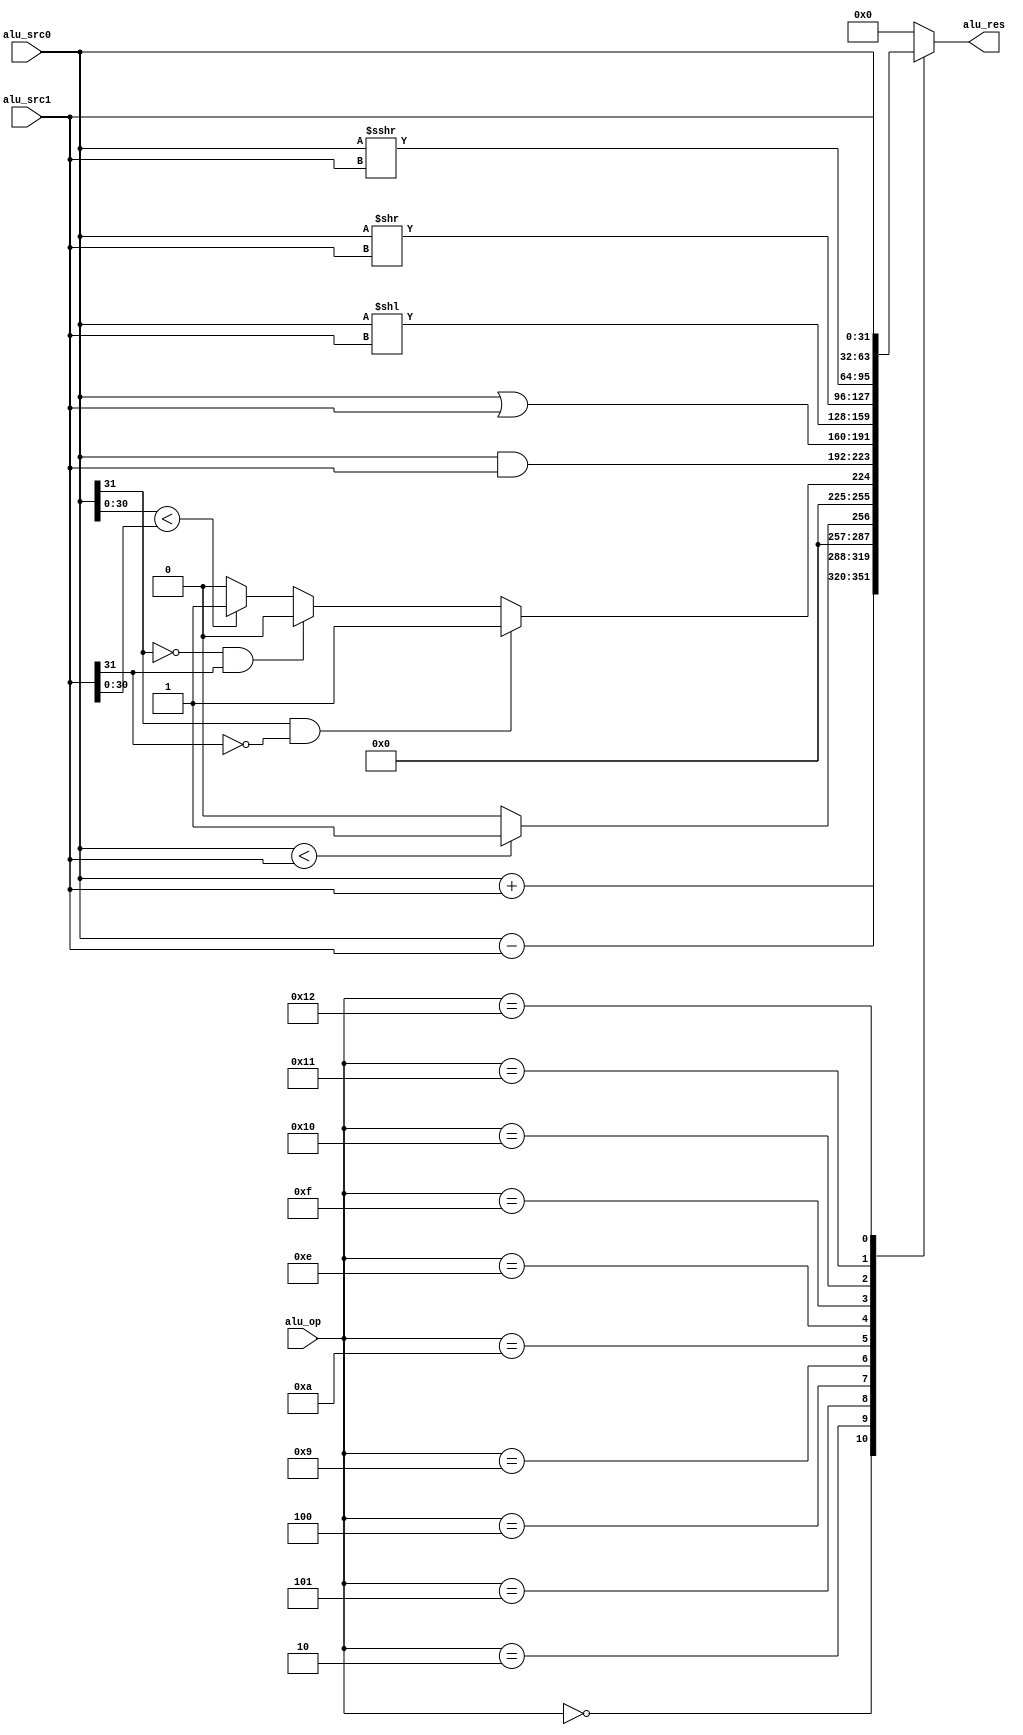
`define ADD                 5'B00000    
`define SUB                 5'B00010   
`define SLT                 5'B00100
`define SLTU                5'B00101
`define AND                 5'B01001
`define OR                  5'B01010
`define XOR                 5'B01011
`define SLL                 5'B01110   
`define SRL                 5'B01111    
`define SRA                 5'B10000  
`define SRC0                5'B10001
`define SRC1                5'B10010

module ALU (
    input                   [31 : 0]            alu_src0,
    input                   [31 : 0]            alu_src1,
    input                   [ 4 : 0]            alu_op,

    output      reg         [31 : 0]            alu_res
);

    always @(*) begin
        case(alu_op)
            `ADD  :
                alu_res = alu_src0 + alu_src1;
            `SUB:
                alu_res=alu_src0-alu_src1;
            `SLTU:
                if(alu_src0<alu_src1)
                    alu_res=1;
                else
                    alu_res=0;
            `SLT:
                if(alu_src0[31]==1&&alu_src1[31]==0)
                    alu_res=1;
                else if(alu_src0[31]==0&&alu_src1[31]==1)
                    alu_res=0;
                else if(alu_src0[30:0]<alu_src1[30:0])
                    alu_res=1;
                else
                    alu_res=0;
            `AND:
                alu_res=alu_src0&alu_src1;
            `OR:
                alu_res=alu_src0|alu_src1;
            `SLL:
                alu_res=alu_src0<<alu_src1;
            `SRL:
                alu_res=alu_src0>>alu_src1;
            `SRA:
                alu_res=alu_src0>>>alu_src1;
            `SRC0:
                alu_res=alu_src0;
            `SRC1:
                alu_res=alu_src1;
            default :
                alu_res = 32'H0;
        endcase
    end
endmodule


module Decoder (
    input [1:0]ctrl,
    input enable,
    output reg res_en,src0_en,src1_en,op_en
);
    always @(*) begin
        if(enable==1)begin
            if(ctrl==2'b00)begin
                res_en=0;
                src0_en=0;
                src1_en=0;
                op_en=1;
            end
            else if(ctrl==2'b01)begin
                res_en=0;
                src0_en=1;
                src1_en=0;
                op_en=0;
            end
            else if(ctrl==2'b10)begin
                res_en=0;
                src0_en=0;
                src1_en=1;
                op_en=0;
            end
            else begin
                res_en=1;
                src0_en=0;
                src1_en=0;
                op_en=0;
            end
        end
        else begin
            res_en=0;
            src0_en=0;
            src1_en=0;
            op_en=0;
        end
    end
endmodule


module Reg (
    input clk,
    input [4:0] in,
    input en,
    output [31:0] outdata
);
    reg [31:0] register;
    always @(posedge clk) begin
        if(en)begin
            case (in[4:4])
                1'b0:begin
                    register<={28'h0000000,in[3:0]};
                end 
                1'b1:begin
                    register<={28'hfffffff,in[3:0]};
                end
            endcase
        end
    end
    assign outdata=register;
endmodule

module Reg5 (
    input clk,
    input [4:0] in,
    input en,
    output [4:0] outdata
);
    reg [4:0] register;
    always @(posedge clk) begin
        if(en)begin
            register<=in;
        end
    end
    assign outdata=register;
endmodule

module Reg32 (
    input clk,
    input [31:0] in,
    input en,
    output [31:0] outdata
);
    reg [31:0] register;
    always @(posedge clk) begin
        if(en)begin
            register<=in;
        end
    end
    assign outdata=register;

endmodule


module Segment(
    input                   [ 0 : 0]            clk,
    input                   [ 0 : 0]            rst,
    input                   [31 : 0]            output_data,
    output          reg     [ 3 : 0]            seg_data,
    output          reg     [ 2 : 0]            seg_an
);

parameter COUNT_NUM = 50_000_000 / 400;         // 100MHz to 400Hz
parameter SEG_NUM = 8;                          // Number of segments

reg [31:0] counter;
always @(posedge clk) begin
    if (rst)
        counter <= 0;
    else if (counter >= COUNT_NUM)
        counter <= 0;
    else
        counter <= counter + 1;
end

reg [2:0] seg_id;
always @(posedge clk) begin
    if (rst)
        seg_id <= 0;
    else if (counter == COUNT_NUM) begin
        if (seg_id >= SEG_NUM - 1)
            seg_id <= 0;
        else
            seg_id <= seg_id + 1;
    end
end

always @(*) begin
    seg_data = 0;
    case (seg_an)
        'd0     : seg_data = output_data[3:0]; 
        'd1     : seg_data = output_data[7:4];
        'd2     : seg_data = output_data[11:8];
        'd3     : seg_data = output_data[15:12];
        'd4     : seg_data = output_data[19:16];
        'd5     : seg_data = output_data[23:20];
        'd6     : seg_data = output_data[27:24];
        'd7     : seg_data = output_data[31:28];
        default : seg_data = 0;
    endcase
end

always @(*) begin
    seg_an = seg_id;
end
endmodule



module TOP (
    input                   [ 0 : 0]            clk,
    input                   [ 0 : 0]            rst,

    input                   [ 0 : 0]            enable,
    input                   [ 4 : 0]            in,
    input                   [ 1 : 0]            ctrl,

    output                  [ 3 : 0]            seg_data,
    output                  [ 2 : 0]            seg_an
);
    wire res_en,src0_en,src1_en,op_en;
    wire [31:0] res,src0,src1,outdata;
    wire [4:0] op;

    Decoder decoder(
        .ctrl(ctrl),
        .enable(enable),
        .res_en(res_en),
        .src0_en(src0_en),
        .src1_en(src1_en),
        .op_en(op_en)
    );

    Reg32 Res(
        .clk(clk),
        .in(res),
        .en(res_en),
        .outdata(outdata)
    );
    Reg Src0(
        .clk(clk),
        .in(in),
        .en(src0_en),
        .outdata(src0)
    );
    Reg Src1(
        .clk(clk),
        .in(in),
        .en(src1_en),
        .outdata(src1)
    );
    Reg5 Op(
        .clk(clk),
        .in(in),
        .en(op_en),
        .outdata(op)
    );

    ALU alu(
        .alu_src0(src0),
        .alu_src1(src1),
        .alu_res(res),
        .alu_op(op)
    );

    Segment segment(
        .clk(clk),
        .rst(rst),
        .output_data(outdata),
        .seg_an(seg_an),
        .seg_data(seg_data)
    );

endmodule